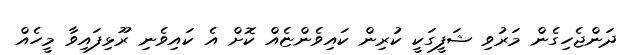
ދަންޖެހިގެން މަރުވި ޝަފީގަކީ ކުރިން ކައިވެންޏެއް ކޮށް އެ ކައިވެނި ރޫޅިފައިވާ މީހެއް